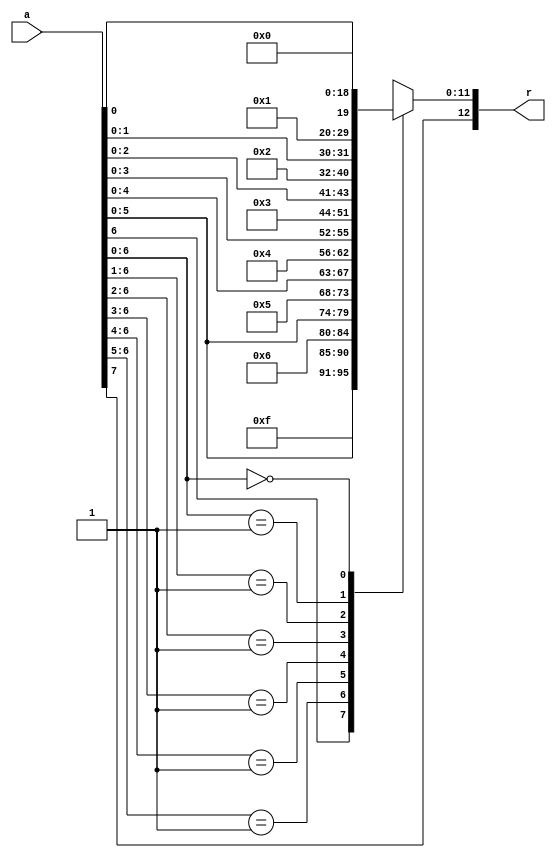
// Created by Jeevaka Dassanayake on 5/09/18.
//   Copyright (c) 2018 Jeevaka Dassanayake.

`timescale 1ns / 1ps

module Int2Flt( input [7:0] a, output reg [12:0] r );

always @*
begin
	r[12] = a[7];
	casez( a[6:0] )
		7'b1?????? : r[11:0] = { 4'b0111, a[6:0], 1'b0 };
		7'b01????? : r[11:0] = { 4'b0110, a[5:0], 2'b00 };
		7'b001???? : r[11:0] = { 4'b0101, a[4:0], 3'b000 };
		7'b0001??? : r[11:0] = { 4'b0100, a[3:0], 4'b0000 };
		7'b00001?? : r[11:0] = { 4'b0011, a[2:0], 5'b00000 };
		7'b000001? : r[11:0] = { 4'b0010, a[1:0], 6'b000000 };
		7'b0000001 : r[11:0] = { 4'b0001, a[0:0], 7'b0000000 };
		7'b0000000 : r[11:0] = { 4'b0000, 7'b0000000 };
	endcase
end

endmodule